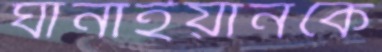
ঘানাইয়ানকে